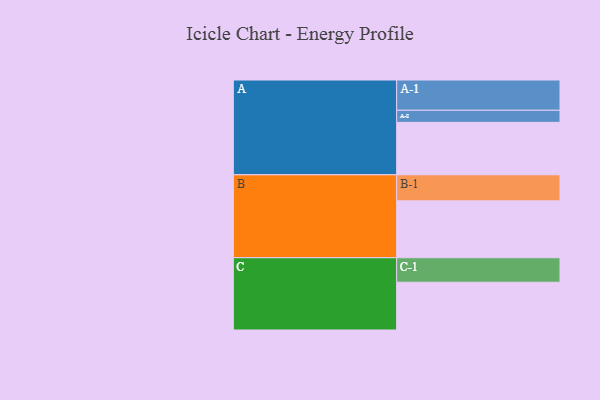
{"axis": {"x": "Segment", "y": "Value"}, "legend": ["", "A", "B", "C"], "data": [{"x": "A", "y": 447, "type": ""}, {"x": "B", "y": 485, "type": ""}, {"x": "C", "y": 407, "type": ""}, {"x": "A-1", "y": 258, "type": "A"}, {"x": "A-2", "y": 103, "type": "A"}, {"x": "B-1", "y": 222, "type": "B"}, {"x": "C-1", "y": 209, "type": "C"}]}